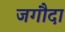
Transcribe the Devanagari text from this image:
जगौदा